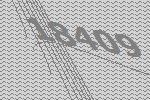
18409